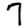
Digit: 7